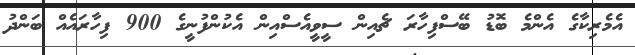
އެމެރިކާގެ އެންމެ ބޮޑު ބޭސްފިހާރަ ޗެއިން ސީވީއެސްއިން އެކުންފުނީގެ 900 ފިހާރައެއް ބަންދު